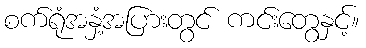
စက်ရုံအနှံ့အပြားတွင် ကင်းတွေနှင့်။